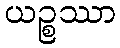
ယဉ္စဿာ